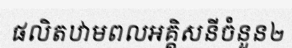
ផលិតឋាមពលអគ្គិសនីចំនួន២